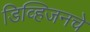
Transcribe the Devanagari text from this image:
डिव्हिजनचे